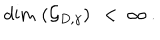
\mathrm { d i m } \, \left( { \mathcal G } _ { D , \gamma } \right) \ < \ \infty \ .